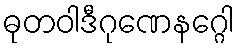
ဓုတဝါဒီဂုဏေနဂ္ဂေါ